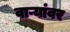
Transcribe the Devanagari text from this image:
वाऱ्यांवर